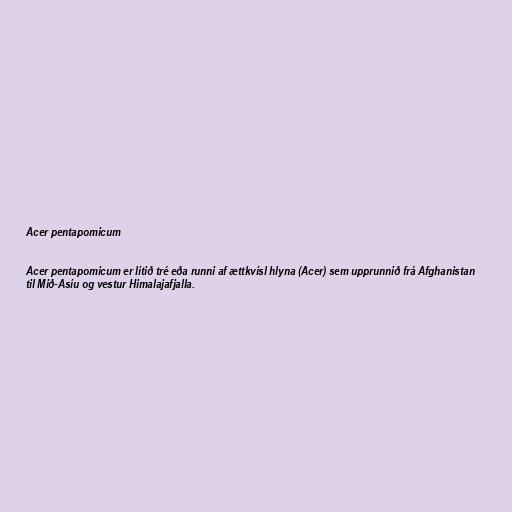
Acer pentapomicum

Acer pentapomicum er lítið tré eða runni af ættkvísl hlyna (Acer) sem upprunnið frá Afghanistan
til Mið-Asíu og vestur Himalajafjalla.